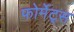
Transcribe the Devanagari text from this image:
फोर्मेट्स